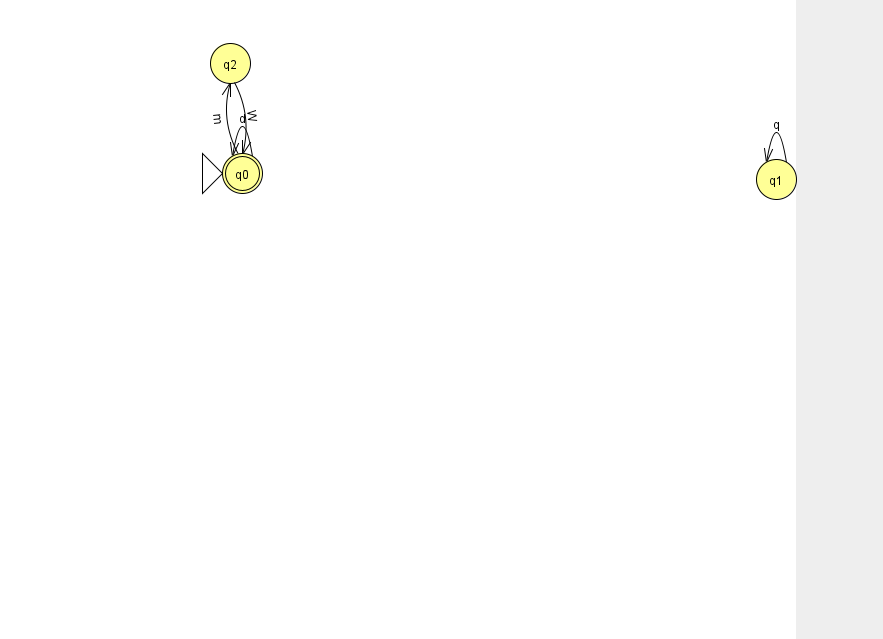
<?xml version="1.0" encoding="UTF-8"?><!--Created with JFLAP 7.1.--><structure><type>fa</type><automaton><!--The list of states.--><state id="0" name="q0"><x>242.0</x><y>160.0</y><initial/><final/></state><state id="1" name="q1"><x>776.0</x><y>166.0</y></state><state id="2" name="q2"><x>230.0</x><y>50.0</y></state><!--The list of transitions.--><transition><from>1</from><to>1</to><read>q</read></transition><transition><from>0</from><to>0</to><read>d</read></transition><transition><from>2</from><to>0</to><read>W</read></transition><transition><from>0</from><to>2</to><read>m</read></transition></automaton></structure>